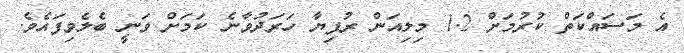
އެ މަސައްކަތް ކުރުމަށް 1.2 މިލިއަން ރުފިޔާ ހަރަދުވާނެ ކަމަށް ވަނީ ބެލެވިފައެވެ.